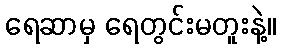
ရေဆာမှ ရေတွင်းမတူးနဲ့။